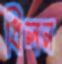
ধিলন